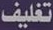
تغليف